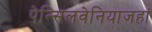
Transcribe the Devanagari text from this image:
पेन्सिलवेनियाजहां